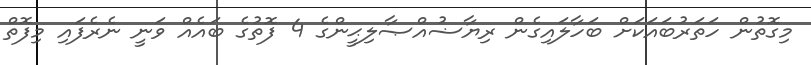
މިގޮތުން ހަތަރުބައަކަށް ބަހާލައިގެން ރިޔާޟުއްޞާލިޙީންގެ 4 ފޮތުގެ ބައެއް ވަނީ ނެރެފައި މިފޮތް